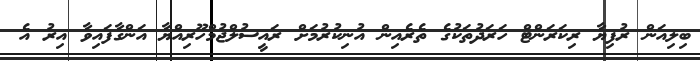
ބިލިއަން ރުފިޔާ ރިކަރަންޓް ހަރަދުތަކުގެ ތެރެއިން އުނިކުރުމަށް ރައީސުލްޖުމްހޫރިއްޔާ އަންގާފައިވާ އިރު އެ